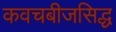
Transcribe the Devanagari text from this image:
कवचबीजसिद्ध